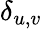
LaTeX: \delta_{u,v}